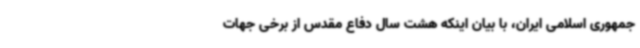
جمهوری اسلامی ایران، با بیان اینکه هشت سال دفاع مقدس از برخی جهات